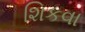
શિકવા